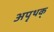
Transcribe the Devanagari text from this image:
अपृथक्